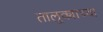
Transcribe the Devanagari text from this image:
तालूक्याच्या